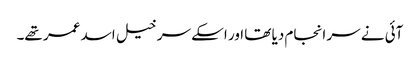
آئی نے سر انجام دیا تھا اور اسکے سرخیل اسد عمر تھے۔